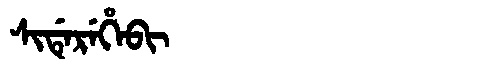
Manchu: ᠰᡳᡩᡝᡵᡝᡥᡝᠪᡳ
Romanization: SIDEREHEBI